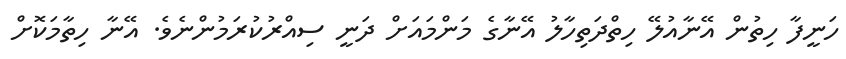
ހަނީފާ ހިތުން އޭނާއުލޭ ހިތްދަތިހާލު އޭނާގެ މަންމައަށް ދަނީ ސިއްރުކުރަމުންނެވެ. އޭނާ ހިތާމަކޮށް